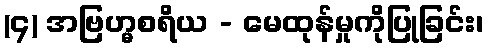
(၄) အဗြဟ္မစရိယ - မေထုန်မှုကိုပြုခြင်း၊